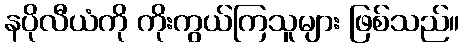
နပိုလီယံကို ကိုးကွယ်ကြသူများ ဖြစ်သည်။